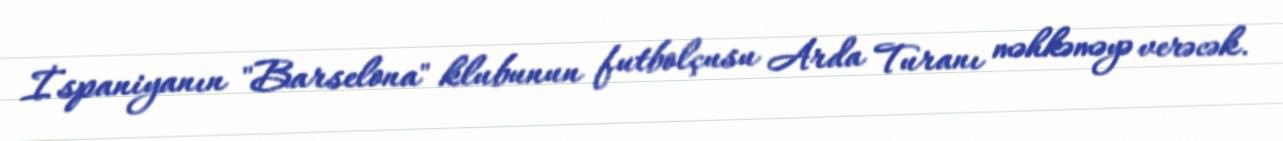
İspaniyanın "Barselona" klubunun futbolçusu Arda Turanı məhkəməyə verəcək.